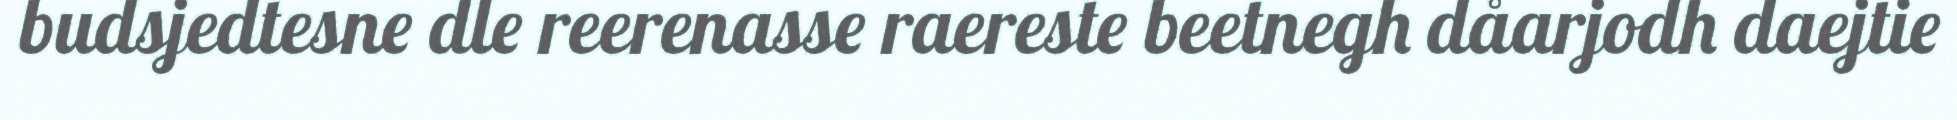
budsjedtesne dle reerenasse raereste beetnegh dåarjodh daejtie